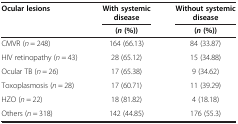
<table><thead><tr><td><b>Ocular lesions</b></td><td><b>With systemic disease</b></td><td><b>Without systemic disease</b></td></tr><tr><td><b> </b></td><td><b>(<i>n</i>(%))</b></td><td><b>(<i>n</i>(%))</b></td></tr></thead><tbody><tr><td>CMVR (<i>n</i> = 248)</td><td>164 (66.13)</td><td>84 (33.87)</td></tr><tr><td>HIV retinopathy (<i>n</i> = 43)</td><td>28 (65.12)</td><td>15 (34.88)</td></tr><tr><td>Ocular TB (<i>n</i> = 26)</td><td>17 (65.38)</td><td>9 (34.62)</td></tr><tr><td>Toxoplasmosis (<i>n</i> = 28)</td><td>17 (60.71)</td><td>11 (39.29)</td></tr><tr><td>HZO (<i>n</i> = 22)</td><td>18 (81.82)</td><td>4 (18.18)</td></tr><tr><td>Others (<i>n</i> = 318)</td><td>142 (44.85)</td><td>176 (55.3)</td></tr></tbody></table>